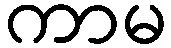
ကာမ